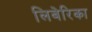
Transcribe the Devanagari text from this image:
लिबेरिका